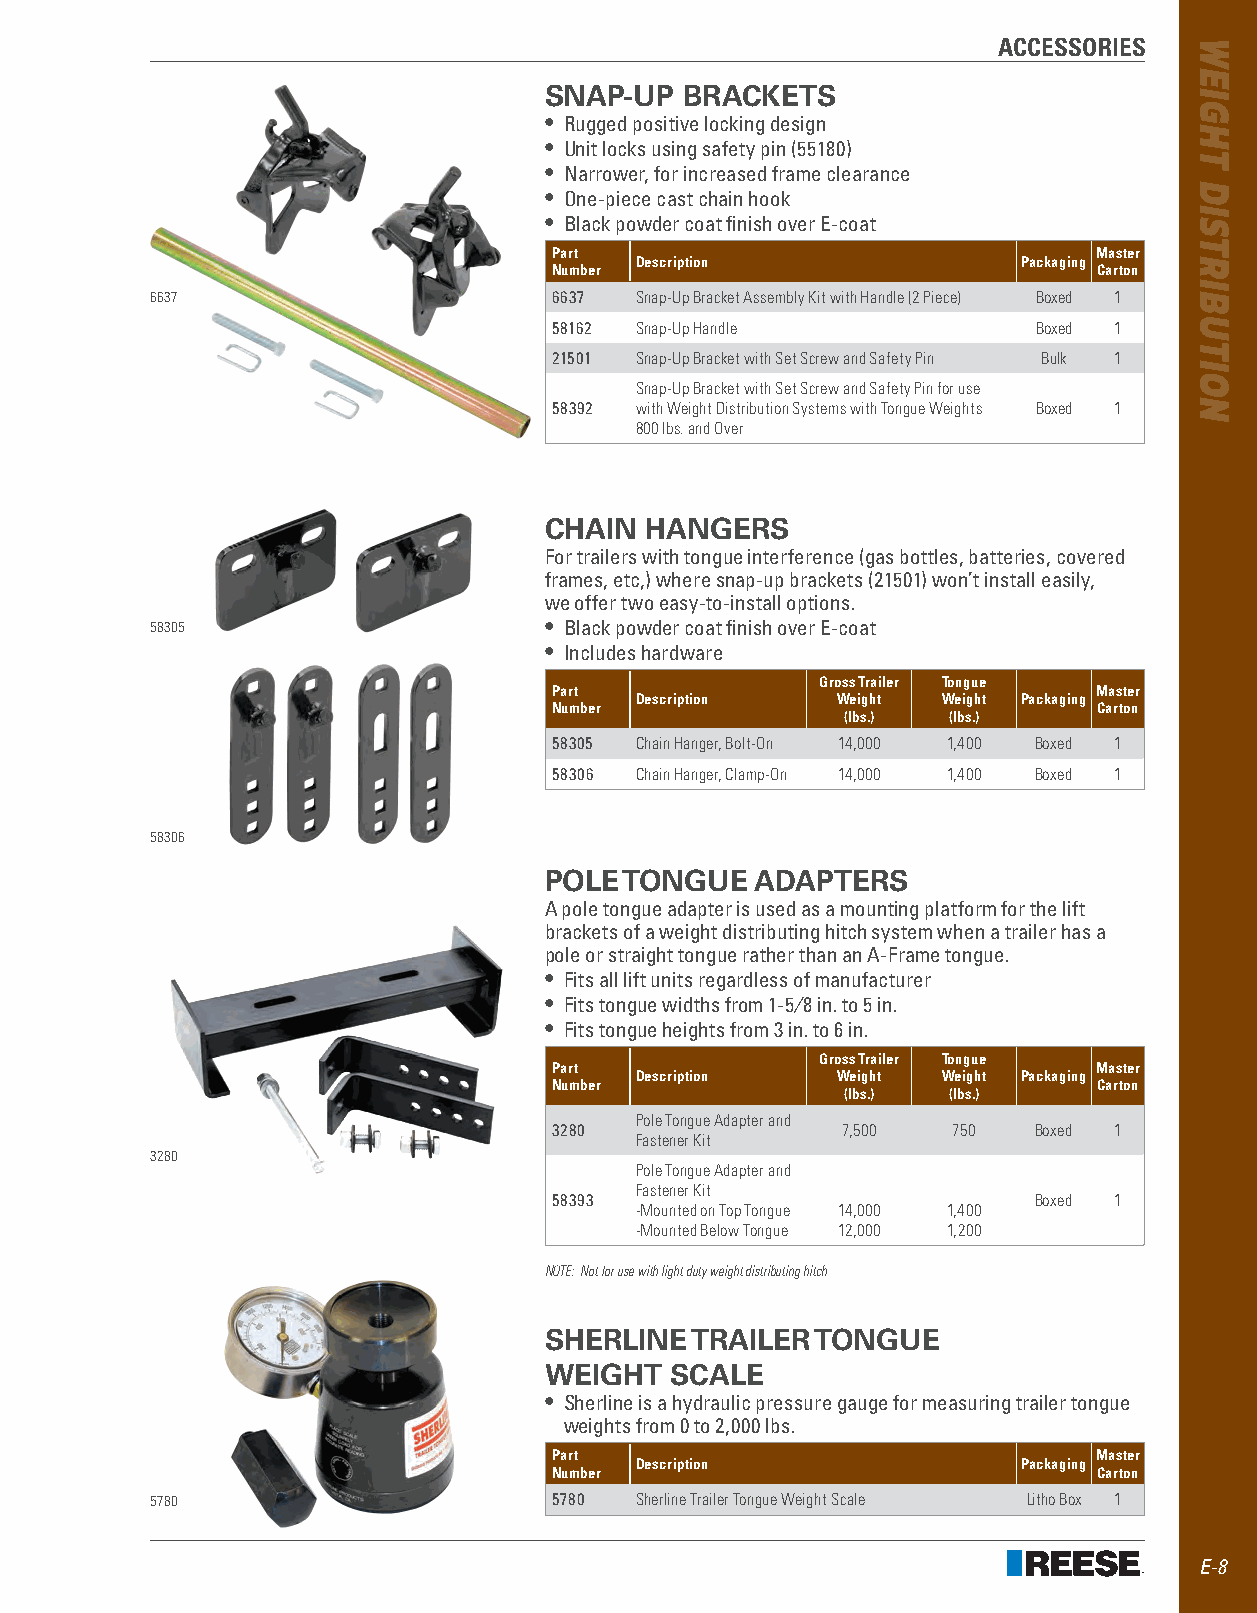
ACCESSORIES
 SNAP-UP  BRACKETS
 • Rugged positive locking design
 • Unit locks using safety pin (55180)
 • Narrower, for increased frame clearance
 • One-piece cast chain hook
 • Black powder coat finish over E-coat
 Part                                Master
 Description               Packaging
 Number                              Carton
 6637                       6637 Snap-Up Bracket Assembly Kit with Handle (2 Piece) Boxed 1
 58162 Snap-Up Handle            Boxed 1
 21501 Snap-Up Bracket with Set Screw and Safety Pin Bulk 1
 Snap-Up Bracket with Set Screw and Safety Pin for use
 58392 with Weight Distribution Systems with Tongue Weights Boxed 1
 800 lbs. and Over
 CHAIN  HANGERS
 For trailers with tongue interference (gas bottles, batteries, covered
 frames, etc,) where snap-up brackets (21501) won’t install easily,
 we offer two easy-to-install options .
 58305                     • Black powder coat finish over E-coat
 • Includes hardware
 Gross Trailer Tongue
 Part                               Master
 Description  Weight Weight Packaging
 Number                              Carton
 (lbs.) (lbs.)
 58305 Chain Hanger, Bolt-On 14,000 1,400 Boxed 1
 58306 Chain Hanger, Clamp-On 14,000 1,400 Boxed 1
 58306
 POLE TONGUE   ADAPTERS
 A pole tongue adapter is used as a mounting platform for the lift
 brackets of a weight distributing hitch system when a trailer has a
 pole or straight tongue rather than an A-Frame tongue .
 • Fits all lift units regardless of manufacturer
 • Fits tongue widths from 1-5⁄8 in . to 5 in .
 • Fits tongue heights from 3 in . to 6 in .
 Gross Trailer Tongue
 Part                               Master
 Description  Weight Weight Packaging
 Number                              Carton
 (lbs.) (lbs.)
 Pole Tongue Adapter and
 3280               7,500  750  Boxed 1
 Fastener Kit
 3280
 Pole Tongue Adapter and
 Fastener Kit
 58393                          Boxed 1
 -Mounted on Top Tongue 14,000 1,400
 -Mounted Below Tongue 12,000 1,200
 NOTE: Not for use with light duty weight distributing hitch
 SHERLINE  TRAILER TONGUE
 WEIGHT  SCALE
 • Sherline is a hydraulic pressure gauge for measuring trailer tongue
 weights from 0 to 2,000 lbs .
 Part                                Master
 Description               Packaging
 Number                              Carton
 5780                       5780 Sherline Trailer Tongue Weight Scale Litho Box 1
 E-8
 WEIGHT
 DISTRIBUTION